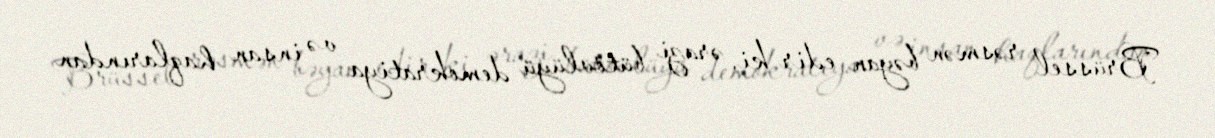
Brüssel rəsmən bəyan edir ki, ərazi bütövlüyü demokratiya və insan haqlarından